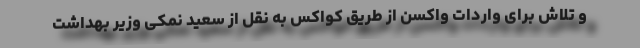
و تلاش برای واردات واکسن از طریق کواکس به نقل از سعید نمکی وزیر بهداشت